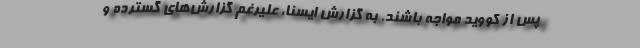
پس از کووید مواجه باشند. به گزارش ایسنا، علیرغم گزارش‌های گسترده و